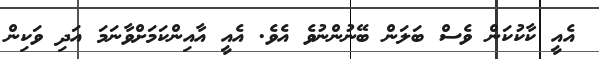
އެއީ ކާކުކަން ވެސް ބަލަން ބޭނުންނުވެ އެވެ. އެއީ އާއިންކަމަށްވާނަމަ އަދި ވަކިން